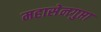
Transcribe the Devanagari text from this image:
महासेनगुप्ता